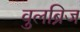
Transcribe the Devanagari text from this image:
वुलब्रिज